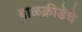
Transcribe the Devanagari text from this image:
बाळक्रीडेचे